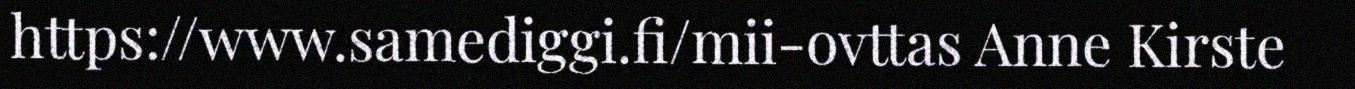
https://www.samediggi.fi/mii-ovttas Anne Kirste